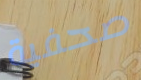
صحفية